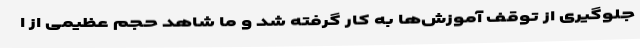
جلوگیری از توقف آموزش‌ها به کار گرفته شد و ما شاهد حجم عظیمی از ا